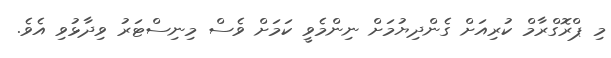
މި ޕްރޮގްރާމް ކުރިއަށް ގެންދިޔުމަށް ނިންމެވީ ކަމަށް ވެސް މިނިސްޓަރު ވިދާޅުވި އެވެ.